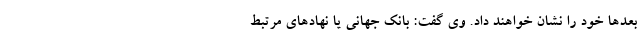
بعدها خود را نشان خواهند داد. وی گفت: بانک جهانی یا نهادهای مرتبط